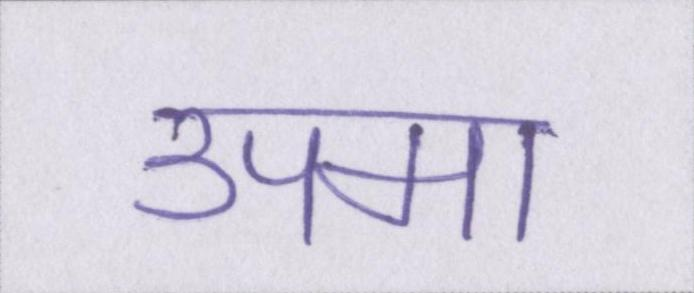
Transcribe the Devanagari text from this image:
उपमा